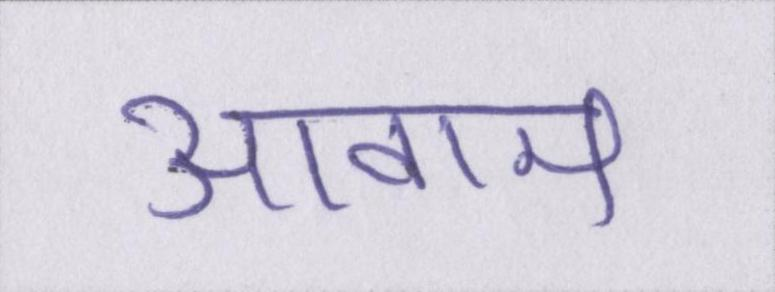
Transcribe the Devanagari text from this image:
आवाम